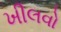
ખીલવો